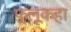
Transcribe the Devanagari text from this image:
फ्लूकहा